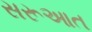
સરૂઆત